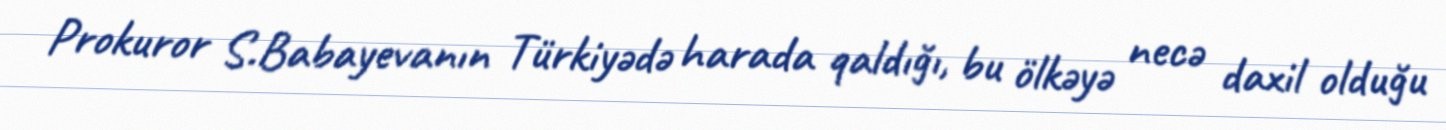
Prokuror S.Babayevanın Türkiyədə harada qaldığı, bu ölkəyə necə daxil olduğu